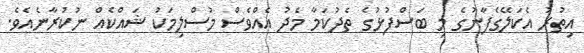
އިތުރު އެކަލޭގެފާނުގެ މި ބަސްފުޅުގެ ތެދުކަމާ މެދު އެއްވެސް މުސްލިމަކު ޝައްކެއް ނުކުރާނެއެވެ.